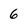
Character: 6